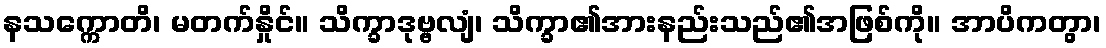
နသက္ကောတိ၊ မတက်နှိုင်။ သိက္ခာဒုဗ္ဗလျံ၊ သိက္ခာ၏အားနည်းသည်၏အဖြစ်ကို။ အာပိကတွာ၊